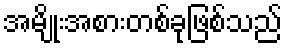
အမျိုးအစားတစ်ခုဖြစ်သည်